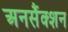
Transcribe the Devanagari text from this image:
अनसैंक्शन